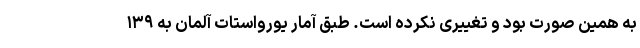
به همین صورت بود و تغییری نکرده است. طبق آمار یورواستات آلمان به ۱۳۹